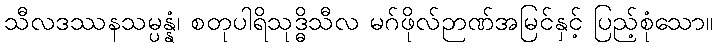
သီလဒဿနသမ္ပန္နံ၊ စတုပါရိသုဒ္ဓိသီလ မဂ်ဖိုလ်ဉာဏ်အမြင်နှင့် ပြည့်စုံသော။